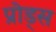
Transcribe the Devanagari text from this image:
प्रोड्स